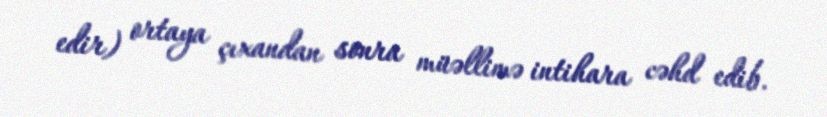
edir) ortaya çıxandan sonra müəllimə intihara cəhd edib.